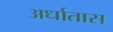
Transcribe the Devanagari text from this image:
अर्धातास